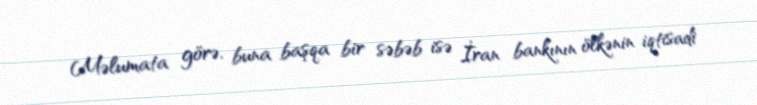
Məlumata görə, buna başqa bir səbəb isə İran bankının ölkənin iqtisadi